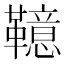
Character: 𩍖